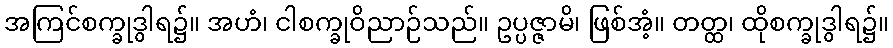
အကြင်စက္ခုဒွါရ၌။ အဟံ၊ ငါစက္ခုဝိညာဉ်သည်။ ဥပ္ပဇ္ဇာမိ၊ ဖြစ်အံ့။ တတ္ထ၊ ထိုစက္ခုဒွါရ၌။